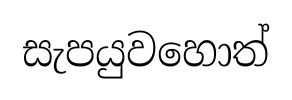
සැපයුවහොත්